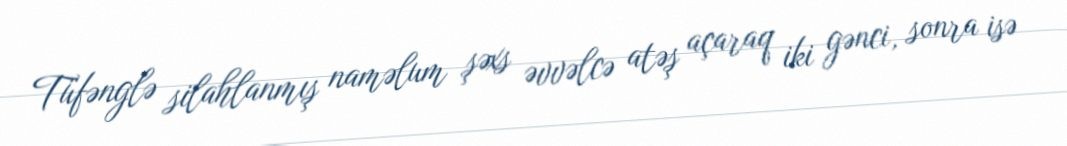
Tüfənglə silahlanmış naməlum şəxs əvvəlcə atəş açaraq iki gənci, sonra isə